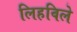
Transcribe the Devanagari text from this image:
लिहविले